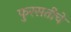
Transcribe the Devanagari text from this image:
फुरसतीचे